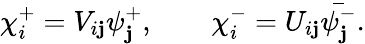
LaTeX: \chi_{i}^{+}=V_{i\mathbf{j}}\psi_{\mathbf{j}}^{+},\qquad\chi_{i}^{-}=U_{i\mathbf{j}}\bar{{\psi_{\mathbf{j}}^{-}}}.